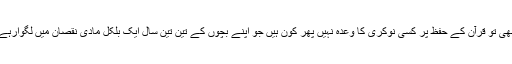
کہیں بھی تو قرآن کے حفظ پر کسی نوکری کا وعدہ نہیں پھر کون ہیں جو اپنے بچوں کے تین تین سال ایک بلکل مادی نقصان میں لگوارہے ہیں ؟